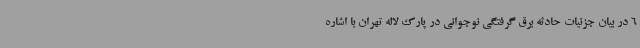
6 در بیان جزئیات حادثه برق گرفتگی نوجوانی در پارک لاله تهران با اشاره